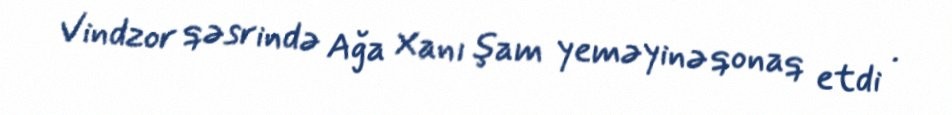
Vindzor qəsrində Ağa Xanı şam yeməyinə qonaq etdi .